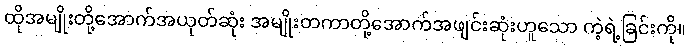
ထိုအမျိုးတို့အောက်အယုတ်ဆုံး အမျိုးတကာတို့အောက်အဖျင်းဆုံးဟူသော ကဲ့ရဲ့ခြင်းကို။